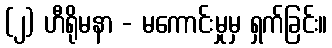
(၂) ဟီရိုမနာ - မကောင်းမှုမှ ရှက်ခြင်း။